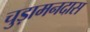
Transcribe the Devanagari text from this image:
चुड़ामनदास